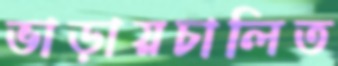
ভাড়ায়চালিত